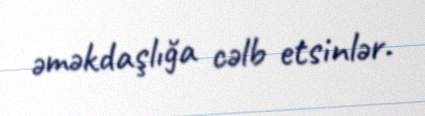
əməkdaşlığa cəlb etsinlər.